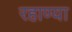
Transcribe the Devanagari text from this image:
रहाण्या